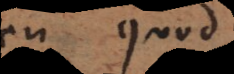
bc quod